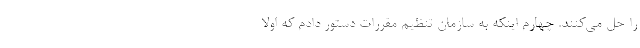
را حل می‌کنند. چهارم اینکه به سازمان تنظیم مقررات دستور دادم که اولا